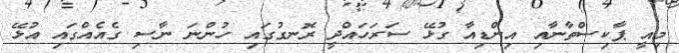
މިއީ ޕާކިސްތާނާއި އިންޑިއާ ގުޅޭ ސަރަހައްދީ ރޮނގުގައި ހުންނަ ނާސި ގެއެއްގައި އުޅޭ